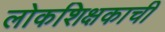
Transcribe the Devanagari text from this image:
लोकशिक्षकाची